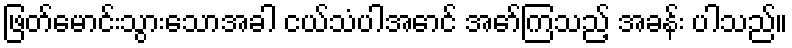
ဖြတ်မောင်းသွားသောအခါ ငယ်သံပါအောင် အော်ကြသည့် အခန်း ပါသည်။